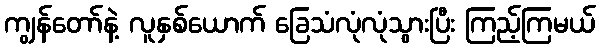
ကျွန်တော်နဲ့ လူနှစ်ယောက် ခြေသံလုံလုံသွားပြီး ကြည့်ကြမယ်